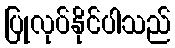
ပြုလုပ်နိုင်ပါသည်